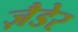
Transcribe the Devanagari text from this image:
ज़ैडेर